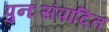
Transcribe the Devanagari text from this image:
पुनःसंपादित